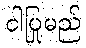
ငါပြုမည်